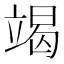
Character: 竭